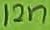
Text: 12n